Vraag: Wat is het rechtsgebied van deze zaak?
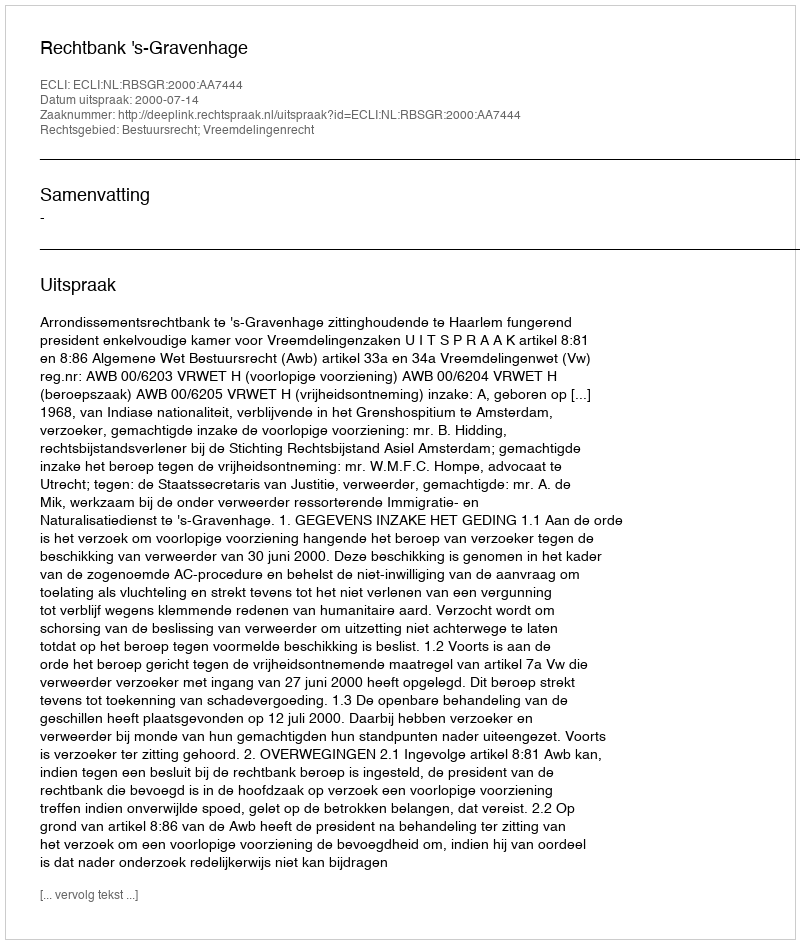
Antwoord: Bestuursrecht; Vreemdelingenrecht